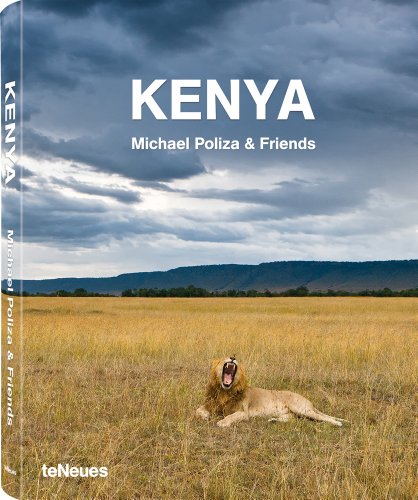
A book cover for Kenya (English, German, French, Spanish and Italian Edition); Travel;